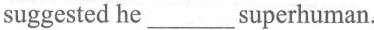
suggested he ___ superhuman.